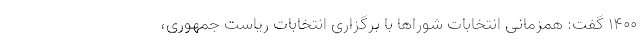
۱۴۰۰ گفت: همزمانی انتخابات شوراها با برگزاری انتخابات ریاست جمهوری،